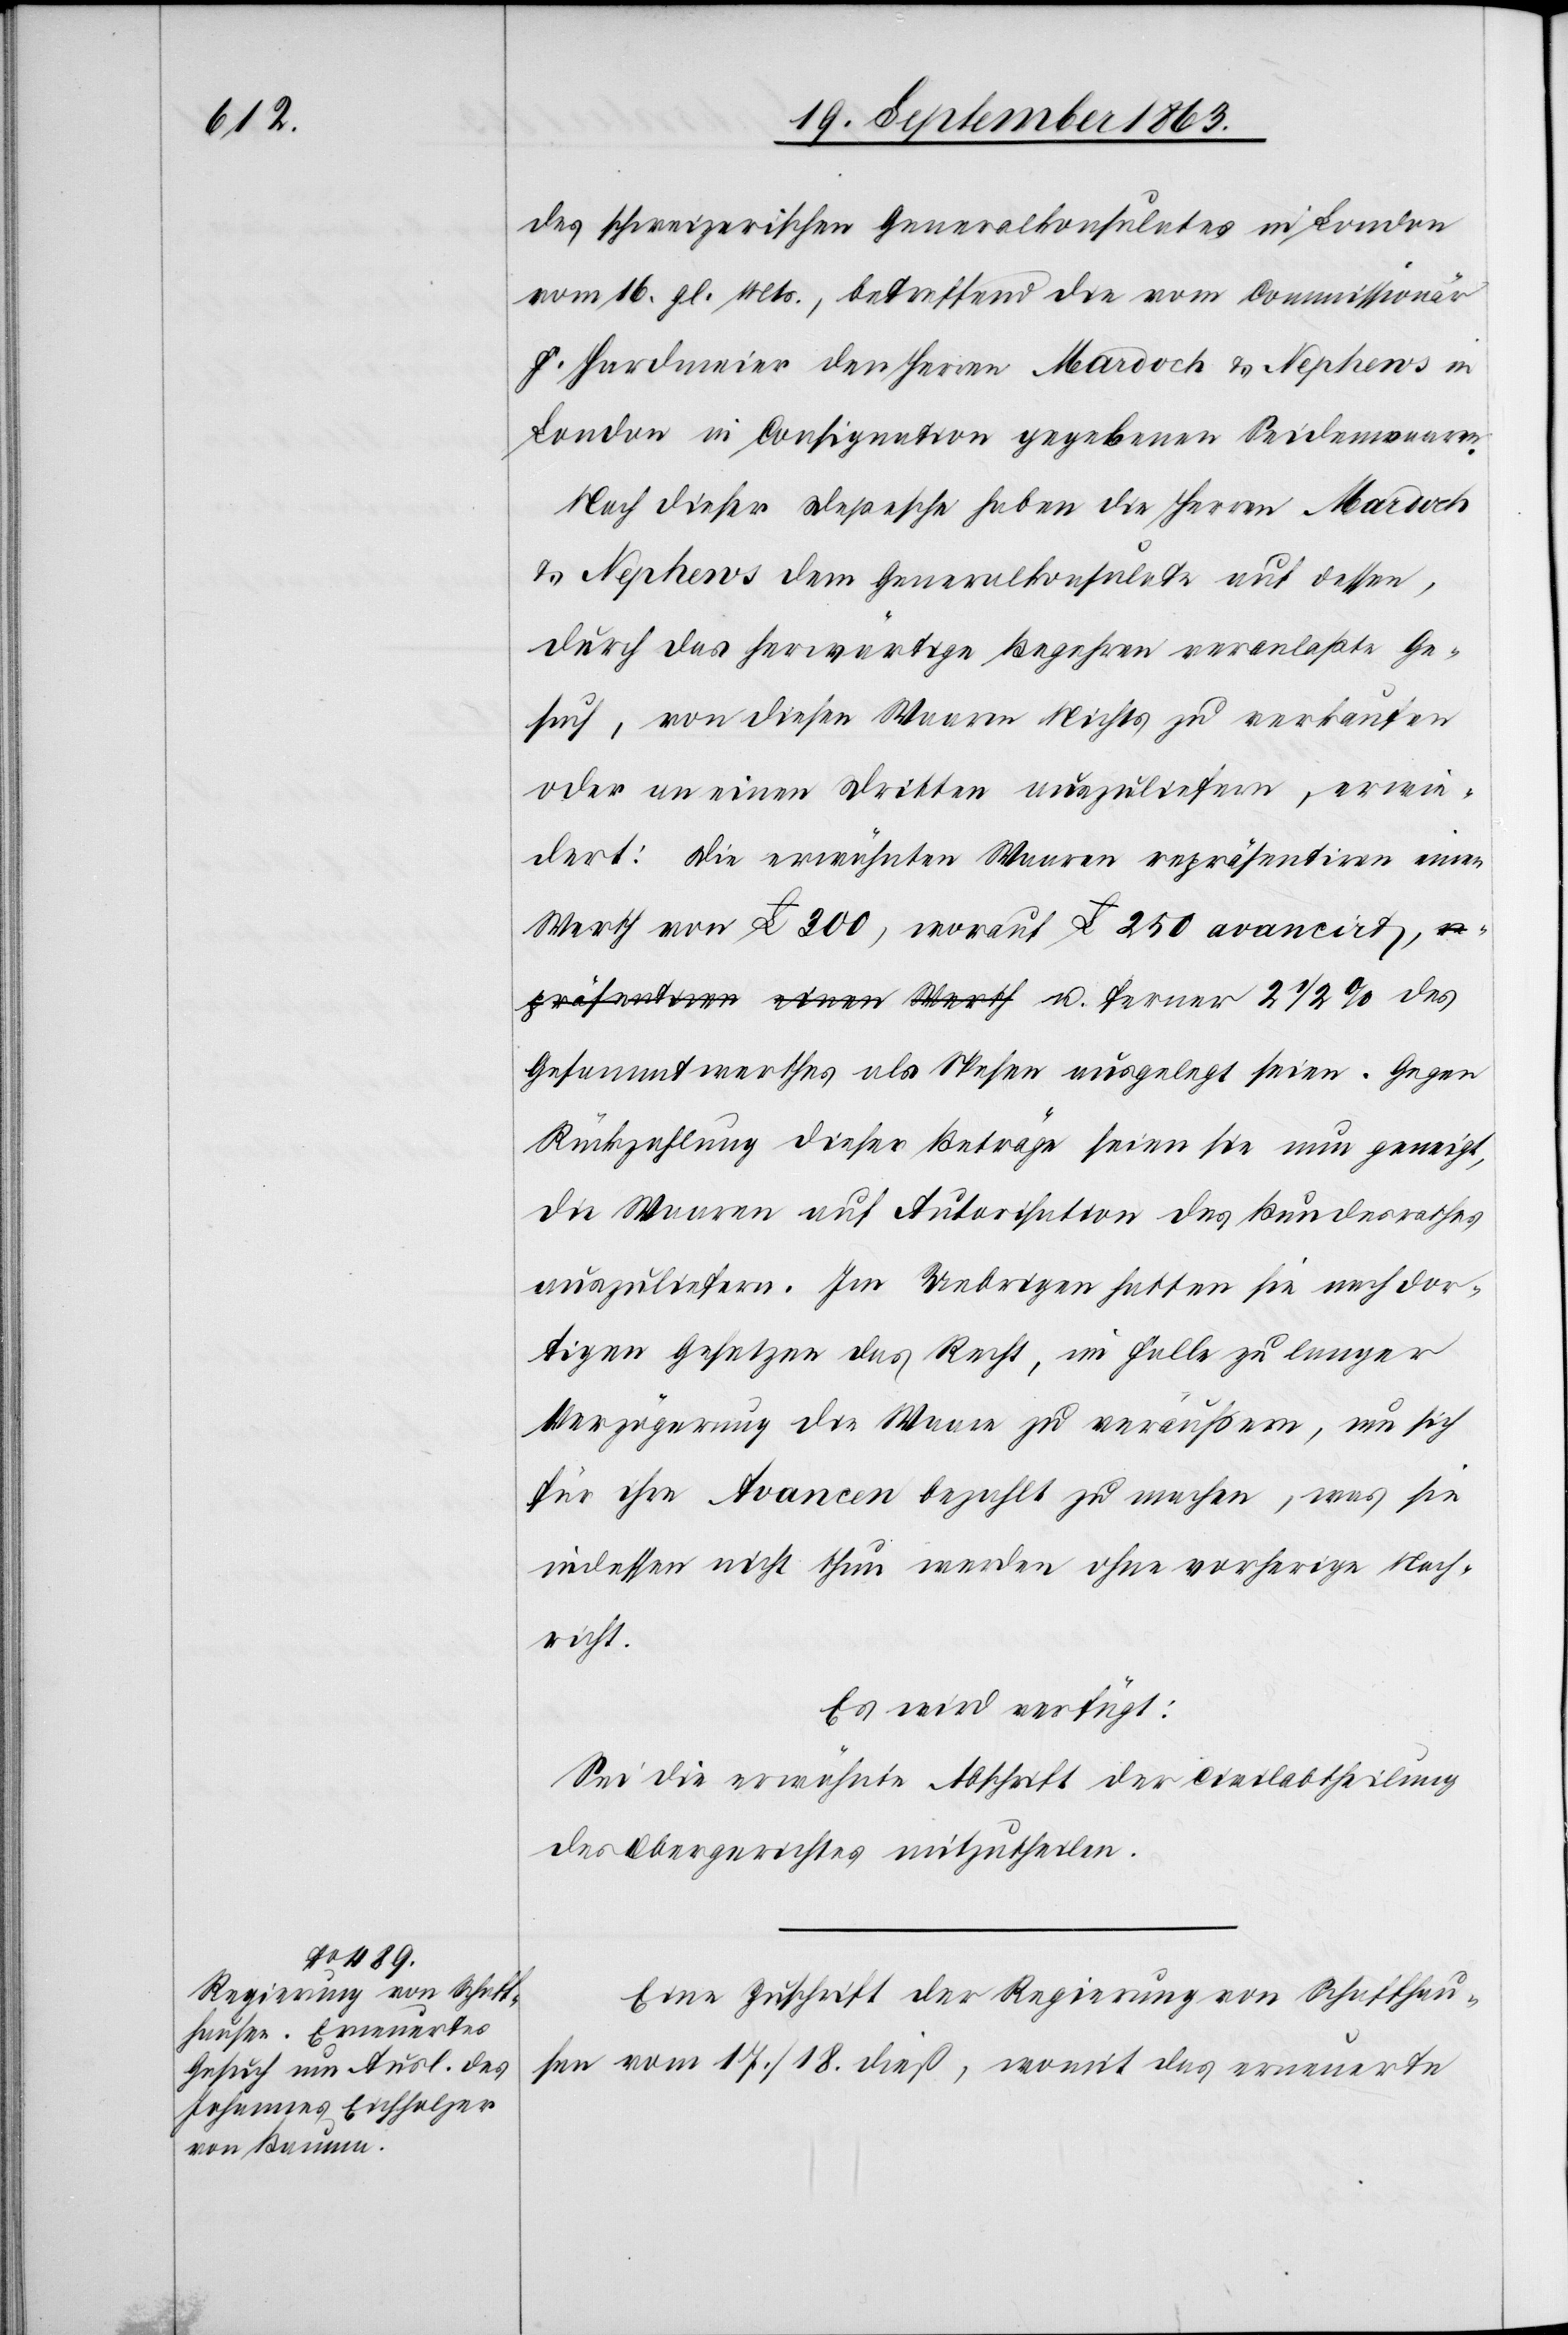
22. September 1863.]
des schweizerischen Generalkonsulates in London
vom 16. gl. Mts., betreffend die vom Commissionär
F. Hardmeier den Herren Mardoch [recte:
London in Consignation gegebenen Seidenwaaren.
Nach dieser Depesche haben die Herren Mardoch
& Nephews dem Generalkonsulate auf dessen,
durch das herwärtige Begehren veranlaßte Ge¬
such, von diesen Waaren Nichts zu verkaufen
oder an einen Dritten auszuliefern, erwie¬
dert: Die erwähnten Waaren repräsentiren einen
Werth von £ 300, worauf £ 250 avancirt, u.
Gesammtwerthes als Spesen ausgelegt seien. Gegen
Rückzahlung dieser Beträge seien sie nun geneigt,
die Waaren auf Autorisation des Bundesrathes
auszuliefern. Im Uebrigen hatten sie nach dor¬
tigen Gesetzen das Recht, im Falle zu langer
Verzögerung die Waare zu veräußern, um sich
für ihre Avancen bezahlt zu machen, was sie
indessen nicht thun werden ohne vorherige Nach¬
richt.
Es wird verfügt:
Sei die erwähnte Abschrift der Civilabtheilung
des Obergerichtes mitzutheilen.
Eine Zuschrift der Regierung von Schaffhau¬
sen vom 17./18. dieß, womit das erneuerte